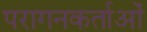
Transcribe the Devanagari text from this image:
परागनकर्ताओं